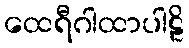
ထေရီဂါထာပါဠိ